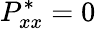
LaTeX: P_{xx}^{*}=0